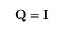
{ \bf Q } = { \bf I }